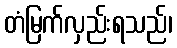
တံမြက်လှည်းရသည်၊